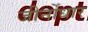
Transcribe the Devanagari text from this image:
जीर्नोधार